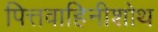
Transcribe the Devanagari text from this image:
पित्तवाहिनीशोथ